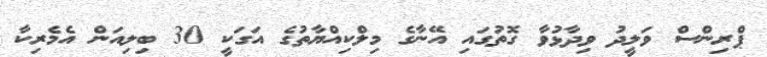
ޕްރިންސް ވަލީދު ވިދާޅުވާ ގޮތުގައި އޭނާގެ މިލްކިއްޔާތުގެ އަގަކީ 30 ބިލިއަން އެމެރިކާ